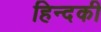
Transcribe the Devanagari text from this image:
हिन्दकी